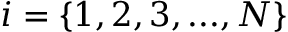
i = \left\{ 1 , 2 , 3 , . . . , N \right\}